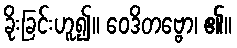
ခိုးခြင်းဟူ၍။ ဝေဒိတဗ္ဗော၊ ၏။